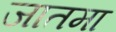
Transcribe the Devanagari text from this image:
जातमा